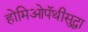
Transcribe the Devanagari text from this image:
होमिओपॅथीसुद्धा